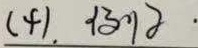
(1), \(\{3,1\}\)